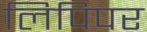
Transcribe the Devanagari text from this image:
लिपिपर